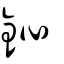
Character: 鈊